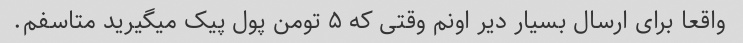
واقعا برای ارسال بسیار دیر اونم وقتی که ۵ تومن پول پیک میگیرید متاسفم.